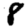
Digit: 8